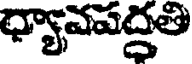
ధ్యావపద్ధతి